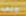
علي